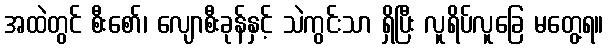
အထဲတွင် စီးစော်၊ လျောစီးခုန်နှင့် သဲကွင်းသာ ရှိပြီး လူရိပ်လူခြေ မတွေ့ရ။